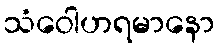
သံဝေါဟရမာနော